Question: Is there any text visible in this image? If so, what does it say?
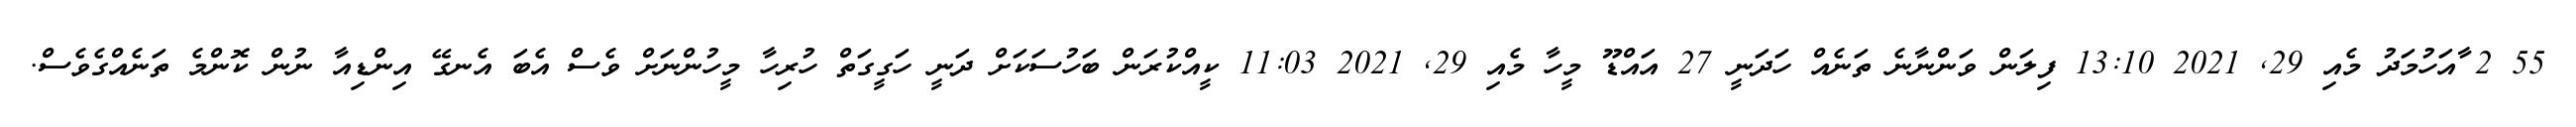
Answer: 55 2 ާއަހުމަދު މެއި 29, 2021 13:10 ފިލަން ވަންނާނެ ތަނެއް ހަދަނީ 27 އައްޑޫ މީހާ މެއި 29, 2021 11:03 ކީއްކުރަން ބަހުސަކަށް ދަނީ ހަގީގަތް ހުރިހާ މީހުންނަށް ވެސް އެބަ އެނގޭ އިންޑިއާ ނުން ކޮންމެ ތަނެއްގެވެސް.